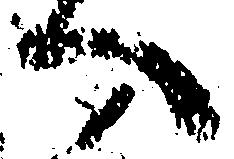
へ